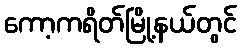
ကော့ကရိတ်မြို့နယ်တွင်